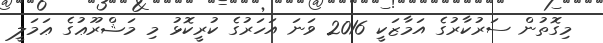
މިގޮތުން ސަރުކާރުގެ އަމާޒަކީ 2016 ވަނަ އަހަރުގެ ކުރީކޮޅު މި މަޝްރޫޢުގެ ޢަމަލީ